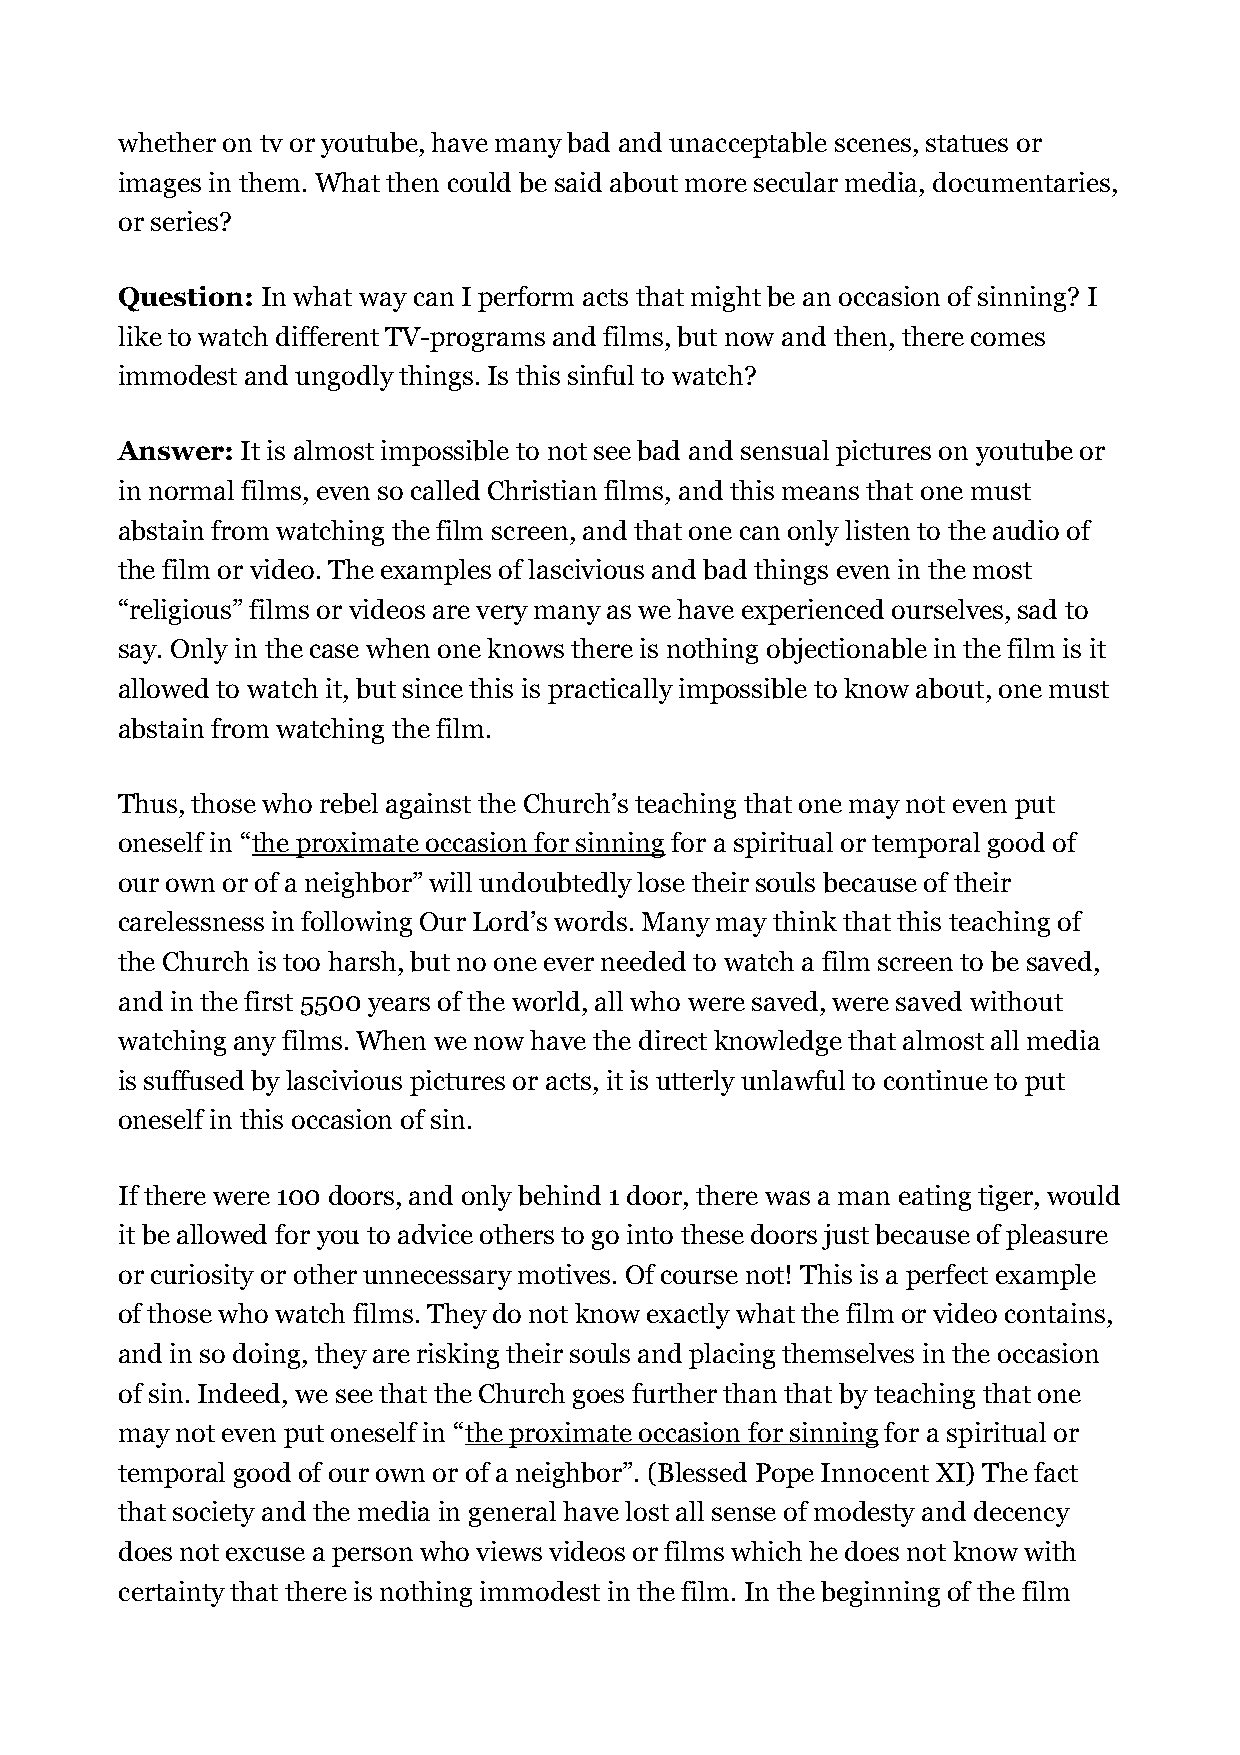
whether on tv or youtube, have many bad and unacceptable scenes, statues or
 images in them. What then could be said about more secular media, documentaries,
 or series?
 Question: In what way can I perform acts that might be an occasion of sinning? I
 like to watch different TV-programs and films, but now and then, there comes
 immodest and ungodly things. Is this sinful to watch?
 Answer: It is almost impossible to not see bad and sensual pictures on youtube or
 in normal films, even so called Christian films, and this means that one must
 abstain from watching the film screen, and that one can only listen to the audio of
 the film or video. The examples of lascivious and bad things even in the most
 “religious” films or videos are very many as we have experienced ourselves, sad to
 say. Only in the case when one knows there is nothing objectionable in the film is it
 allowed to watch it, but since this is practically impossible to know about, one must
 abstain from watching the film.
 Thus, those who rebel against the Church’s teaching that one may not even put
 oneself in “the proximate occasion for sinning for a spiritual or temporal good of
 our own or of a neighbor” will undoubtedly lose their souls because of their
 carelessness in following Our Lord’s words. Many may think that this teaching of
 the Church is too harsh, but no one ever needed to watch a film screen to be saved,
 and in the first 5500 years of the world, all who were saved, were saved without
 watching any films. When we now have the direct knowledge that almost all media
 is suffused by lascivious pictures or acts, it is utterly unlawful to continue to put
 oneself in this occasion of sin.
 If there were 100 doors, and only behind 1 door, there was a man eating tiger, would
 it be allowed for you to advice others to go into these doors just because of pleasure
 or curiosity or other unnecessary motives. Of course not! This is a perfect example
 of those who watch films. They do not know exactly what the film or video contains,
 and in so doing, they are risking their souls and placing themselves in the occasion
 of sin. Indeed, we see that the Church goes further than that by teaching that one
 may not even put oneself in “the proximate occasion for sinning for a spiritual or
 temporal good of our own or of a neighbor”. (Blessed Pope Innocent XI) The fact
 that society and the media in general have lost all sense of modesty and decency
 does not excuse a person who views videos or films which he does not know with
 certainty that there is nothing immodest in the film. In the beginning of the film